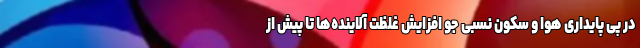
در پی پایداری هوا و سکون نسبی جو افزایش غلظت آلاینده‌ها تا پیش از